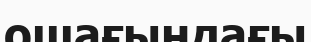
ошағыңдағы